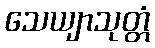
သေယျာသုတ္တံ